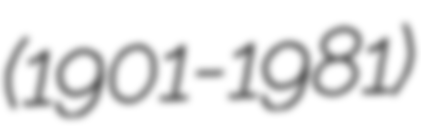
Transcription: (1901-1981)